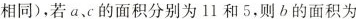
相同)，若a、c的面积分别为11和5，则b的面积为